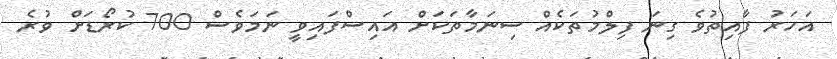
އަހަރު ފާއިތުވެ ގިނަ ފިލްމުތަކެއް ސިނަމާތަކަށް އައިސްފައިވީ ނަމަވެސް 700 ކުރޯޑަށް ވުރެ